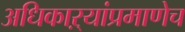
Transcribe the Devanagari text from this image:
अधिकाऱ्यांप्रमाणेच